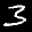
Label: 3